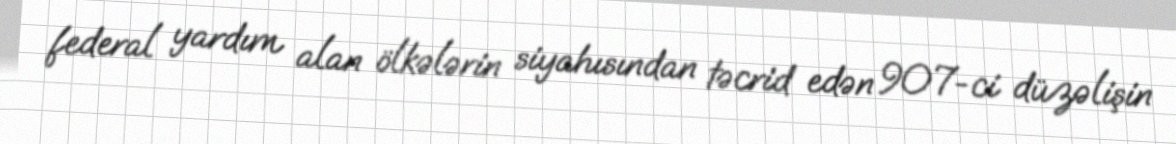
federal yardım alan ölkələrin siyahısından təcrid edən 907-ci düzəlişin